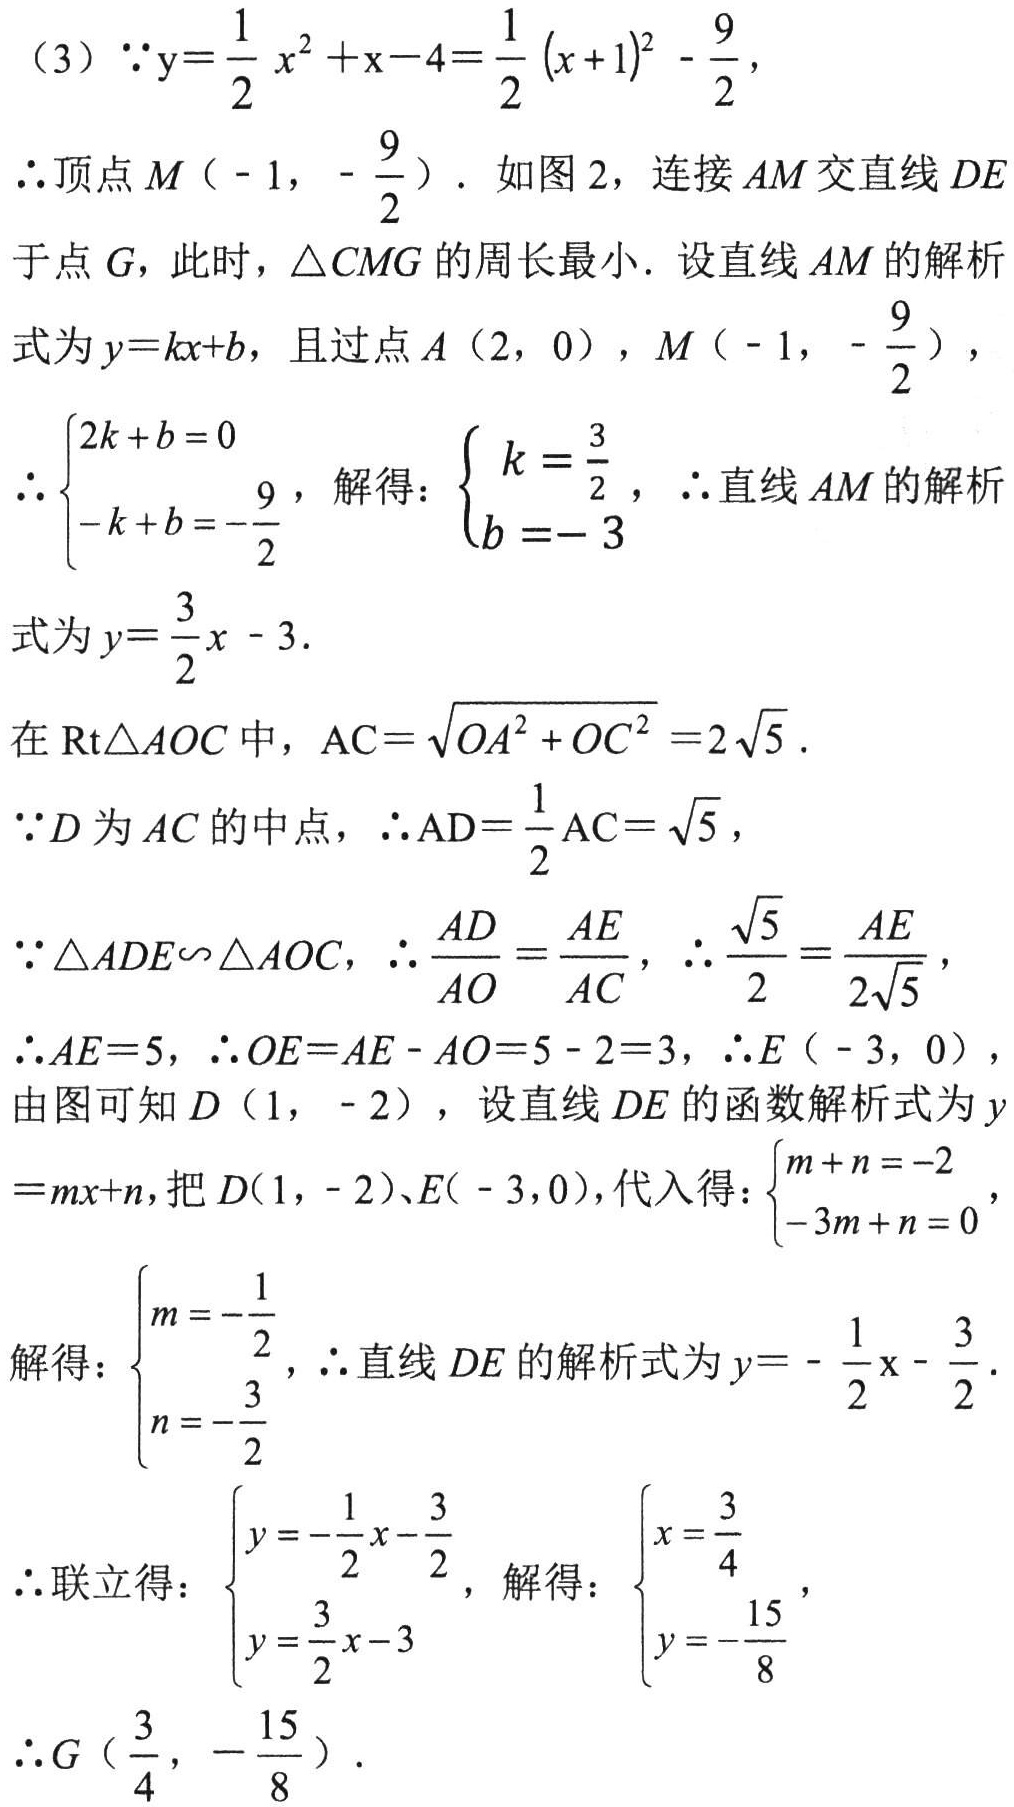
（3）\(\because y = \frac{1}{2}x^{2}+x - 4=\frac{1}{2}(x + 1)^{2}-\frac{9}{2}\)，
\(\therefore\)顶点\(M(-1,-\frac{9}{2})\)。如图 2，连接\(AM\)交直线\(DE\)于点\(G\)，此时，\(\triangle CMG\)的周长最小。设直线\(AM\)的解析式为\(y = kx + b\)，且过点\(A(2,0)\)，\(M(-1,-\frac{9}{2})\)，
\(\therefore\begin{cases}2k + b = 0\\-k + b = -\frac{9}{2}\end{cases}\)，解得：\(\begin{cases}k = \frac{3}{2}\\b = - 3\end{cases}\)，\(\therefore\)直线\(AM\)的解析式为\(y=\frac{3}{2}x - 3\)。
在\(Rt\triangle AOC\)中，\(AC = \sqrt{OA^{2}+OC^{2}} = 2\sqrt{5}\)。
\(\because D\)为\(AC\)的中点，\(\therefore AD=\frac{1}{2}AC=\sqrt{5}\)，
\(\because\triangle ADE\backsim\triangle AOC\)，\(\therefore\frac{AD}{AO}=\frac{AE}{AC}\)，\(\therefore\frac{\sqrt{5}}{2}=\frac{AE}{2\sqrt{5}}\)，
\(\therefore AE = 5\)，\(\therefore OE = AE - AO = 5 - 2 = 3\)，\(\therefore E(-3,0)\)，由图可知\(D(1,-2)\)，设直线\(DE\)的函数解析式为\(y = mx + n\)，把\(D(1,-2)\)、\(E(-3,0)\)，代入得：\(\begin{cases}m + n = -2\\-3m + n = 0\end{cases}\)，
解得：\(\begin{cases}m = -\frac{1}{2}\\n = -\frac{3}{2}\end{cases}\)，\(\therefore\)直线\(DE\)的解析式为\(y = -\frac{1}{2}x-\frac{3}{2}\)。
\(\therefore\)联立得：\(\begin{cases}y = -\frac{1}{2}x-\frac{3}{2}\\y = \frac{3}{2}x - 3\end{cases}\)，解得：\(\begin{cases}x = \frac{3}{4}\\y = -\frac{15}{8}\end{cases}\)，
\(\therefore G(\frac{3}{4},-\frac{15}{8})\)。